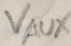
Text: VAUX